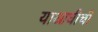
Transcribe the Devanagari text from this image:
याआधीची